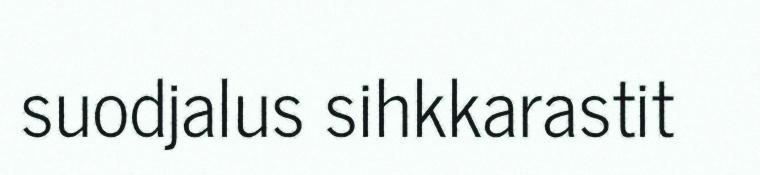
suodjalus sihkkarastit